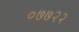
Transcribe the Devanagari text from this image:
०७७२२